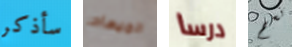
سأذكر الميعاد درسا نعم